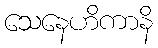
သေနေဟိကာနိ